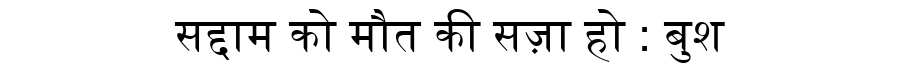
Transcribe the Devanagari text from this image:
सद्दाम को मौत की सज़ा हो : बुश